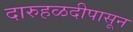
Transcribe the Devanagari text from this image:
दारुहळदीपासून